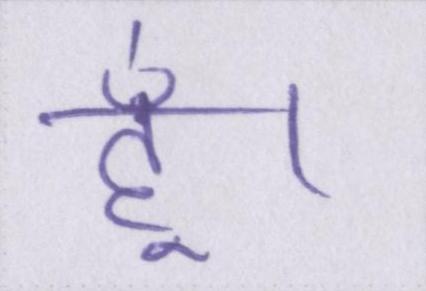
हूँ।